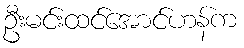
ဦးမင်းထင်အောင်ဟန်က